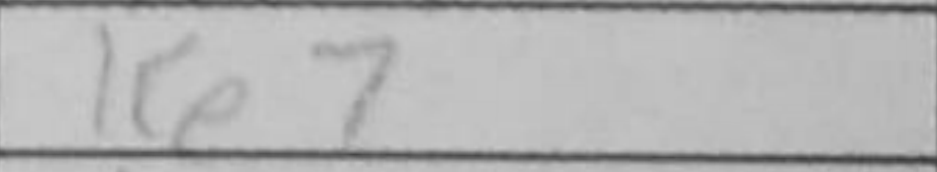
Transcription: Ke7